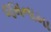
જમનામા